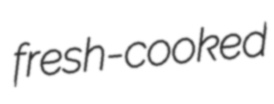
fresh-cooked